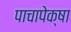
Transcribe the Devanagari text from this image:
पाचापेक्षा